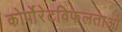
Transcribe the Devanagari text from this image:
कोर्पोरेटविफलताओ